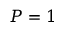
P = 1